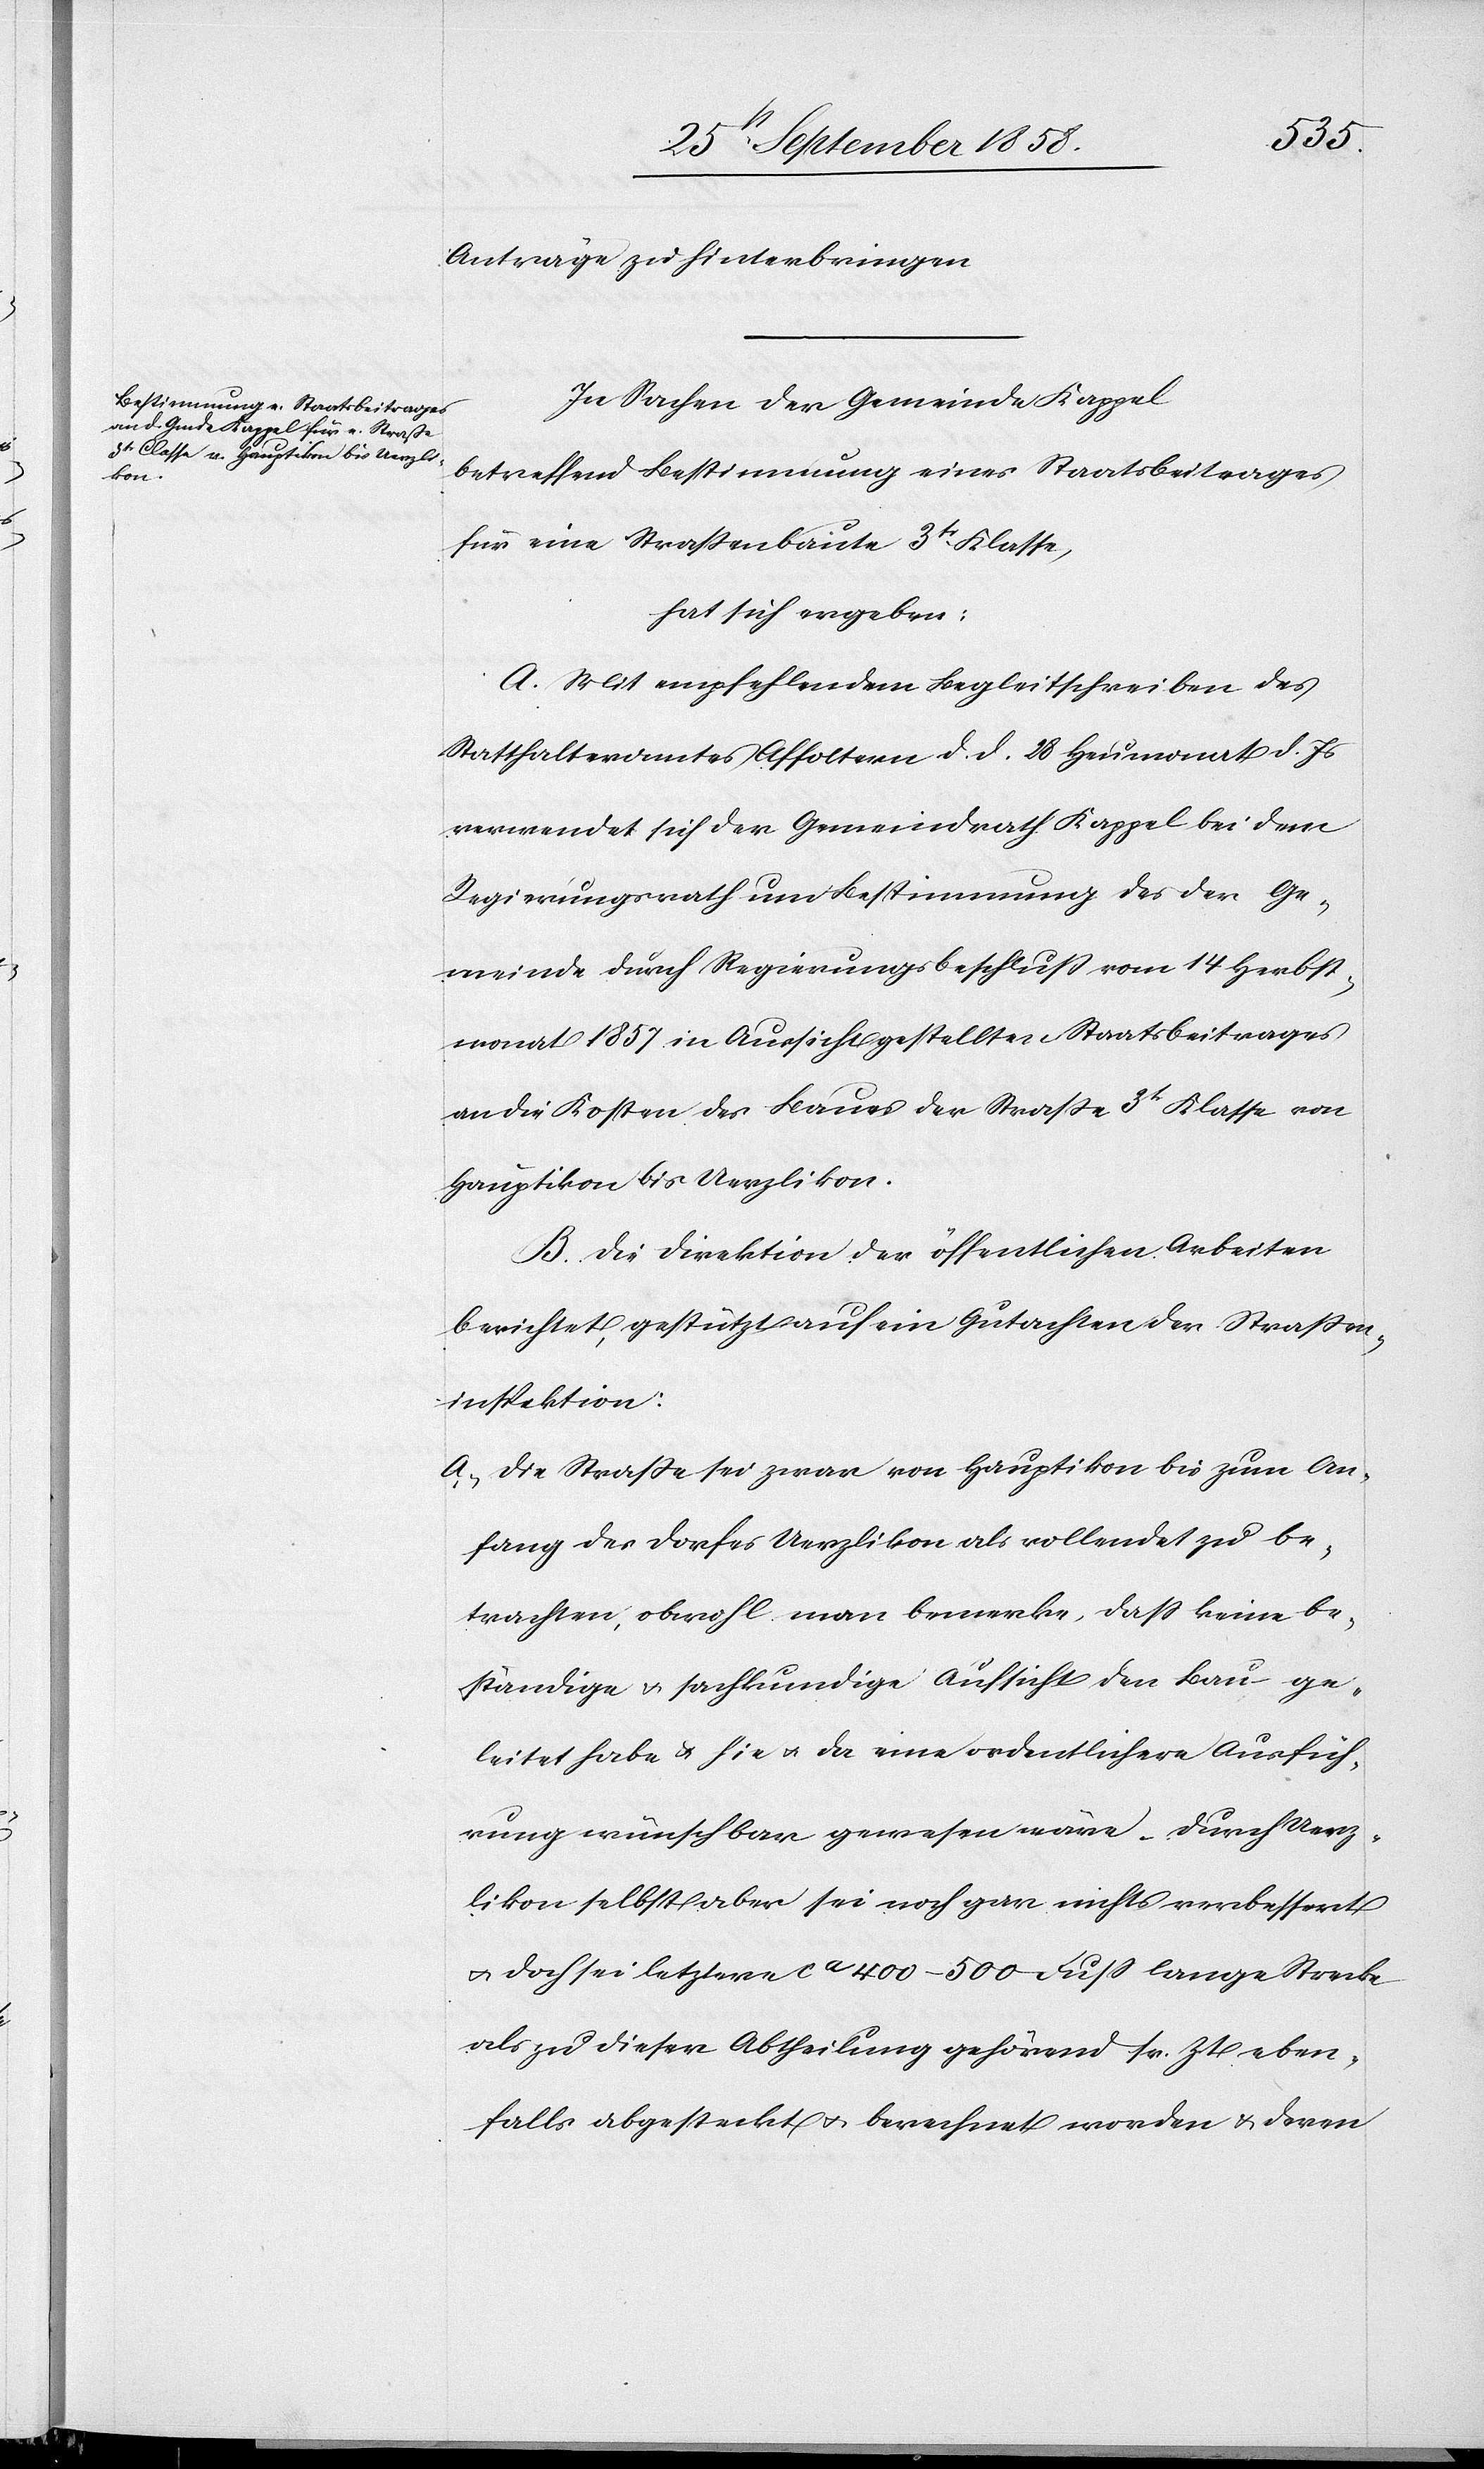
Anträge zu hinterbringen[.]
In Sachen der Gemeinde Kappel
betreffend Bestimmung eines Staatsbeitrages
für die Straßenbaute 3tr Klasse,
hat sich ergeben:
A. Mit empfehlendem Begleitschreiben des
Statthalteramtes Affoltern d. d. 28 Heumonat d. Js
verwendet sich der Gemeindrath Kappel bei dem
Regierungsrath um Bestimmung des der Ge¬
meinde durch Regierungsbeschluß vom 14 Herbst¬
monat 1857 in Aussicht gestellten Staatsbeitrages
an die Kosten des Baues der Straße 3tr Klasse von
Hauptikon bis Uerzlikon.
B. Die Direktion der öffentlichen Arbeiten
berichtet, gestützt auf ein Gutachten der Straßen¬
inspektion:
a. Die Straße sei zwar von Hauptikon bis zum An¬
fang des Dorfes Uerzlikon als vollendet zu be¬
trachten, obwohl man bemerke, dass keine be¬
ständige & sachkundige Aufsicht den Bau ge¬
leitet habe & hie & da eine ordentlichere Ausfüh¬
rung wünschbar gewesen wäre. Durch Uerz¬
likon selbst aber sei noch gar nichts verbessert
& doch sei letztere ca 400–500 Fuss lange Strecke
als zu dieser Abtheilung gehörend sr. Zt. eben¬
falls abgesteckt & berechnet worden & deren